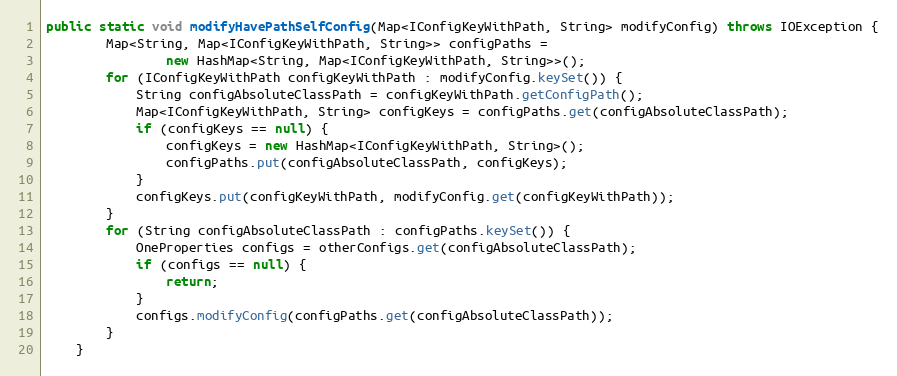
Language: Java
public static void modifyHavePathSelfConfig(Map<IConfigKeyWithPath, String> modifyConfig) throws IOException {
        Map<String, Map<IConfigKeyWithPath, String>> configPaths =
                new HashMap<String, Map<IConfigKeyWithPath, String>>();
        for (IConfigKeyWithPath configKeyWithPath : modifyConfig.keySet()) {
            String configAbsoluteClassPath = configKeyWithPath.getConfigPath();
            Map<IConfigKeyWithPath, String> configKeys = configPaths.get(configAbsoluteClassPath);
            if (configKeys == null) {
                configKeys = new HashMap<IConfigKeyWithPath, String>();
                configPaths.put(configAbsoluteClassPath, configKeys);
            }
            configKeys.put(configKeyWithPath, modifyConfig.get(configKeyWithPath));
        }
        for (String configAbsoluteClassPath : configPaths.keySet()) {
            OneProperties configs = otherConfigs.get(configAbsoluteClassPath);
            if (configs == null) {
                return;
            }
            configs.modifyConfig(configPaths.get(configAbsoluteClassPath));
        }
    }